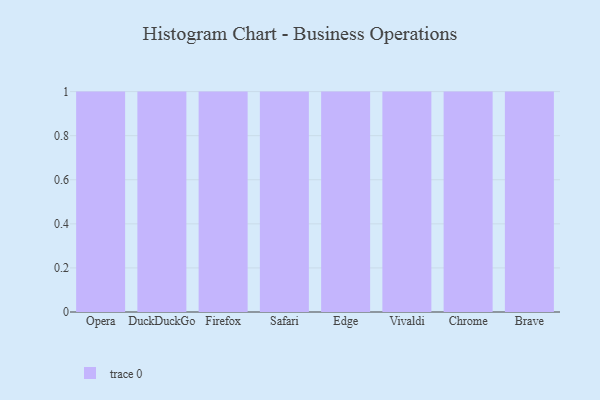
{"axis": {"x": "Browser", "y": "Inventory Turnover"}, "legend": [""], "data": [{"x": "Opera", "y": 63, "type": ""}, {"x": "DuckDuckGo", "y": 86, "type": ""}, {"x": "Firefox", "y": 49, "type": ""}, {"x": "Safari", "y": 67, "type": ""}, {"x": "Edge", "y": 2, "type": ""}, {"x": "Vivaldi", "y": 11, "type": ""}, {"x": "Chrome", "y": 16, "type": ""}, {"x": "Brave", "y": 55, "type": ""}]}